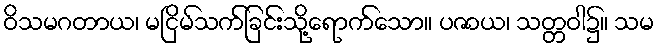
ဝိသမဂတာယ၊ မငြိမ်သက်ခြင်းသို့ရောက်သော။ ပဇာယ၊ သတ္တဝါ၌။ သမ